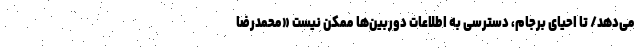
می‌دهد/ تا احیای برجام، دسترسی به اطلاعات دوربین‌ها ممکن نیست «محمدرضا